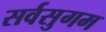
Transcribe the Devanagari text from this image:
सर्वसुगम